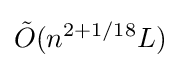
{\tilde {O}}(n^{2+1/18}L)